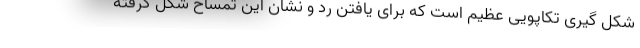
شکل گیری تکاپویی عظیم است که برای یافتن رد و نشان این تمساح شکل گرفته